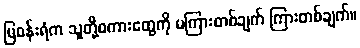
မြဝန်းရံက သူတို့စကားတွေကို မကြားတစ်ချက် ကြားတစ်ချက်။